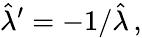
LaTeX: \hat{\lambda}^{\prime}=-1/\hat{\lambda}\, ,